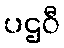
ပဌဝီ